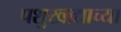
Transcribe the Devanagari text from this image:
पशुखाद्याच्या